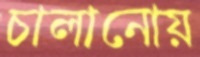
চালানোয়